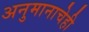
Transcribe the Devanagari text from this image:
अनुमानाचेही